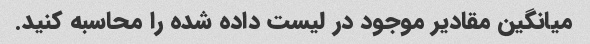
میانگین مقادیر موجود در لیست داده شده را محاسبه کنید.